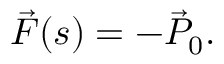
\vec { F } ( s ) = - \vec { P } _ { 0 } .